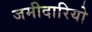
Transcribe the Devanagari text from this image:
जमीदारियो